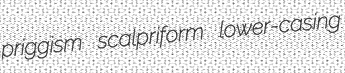
priggism scalpriform lower-casing